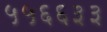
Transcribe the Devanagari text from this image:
५५६६३३